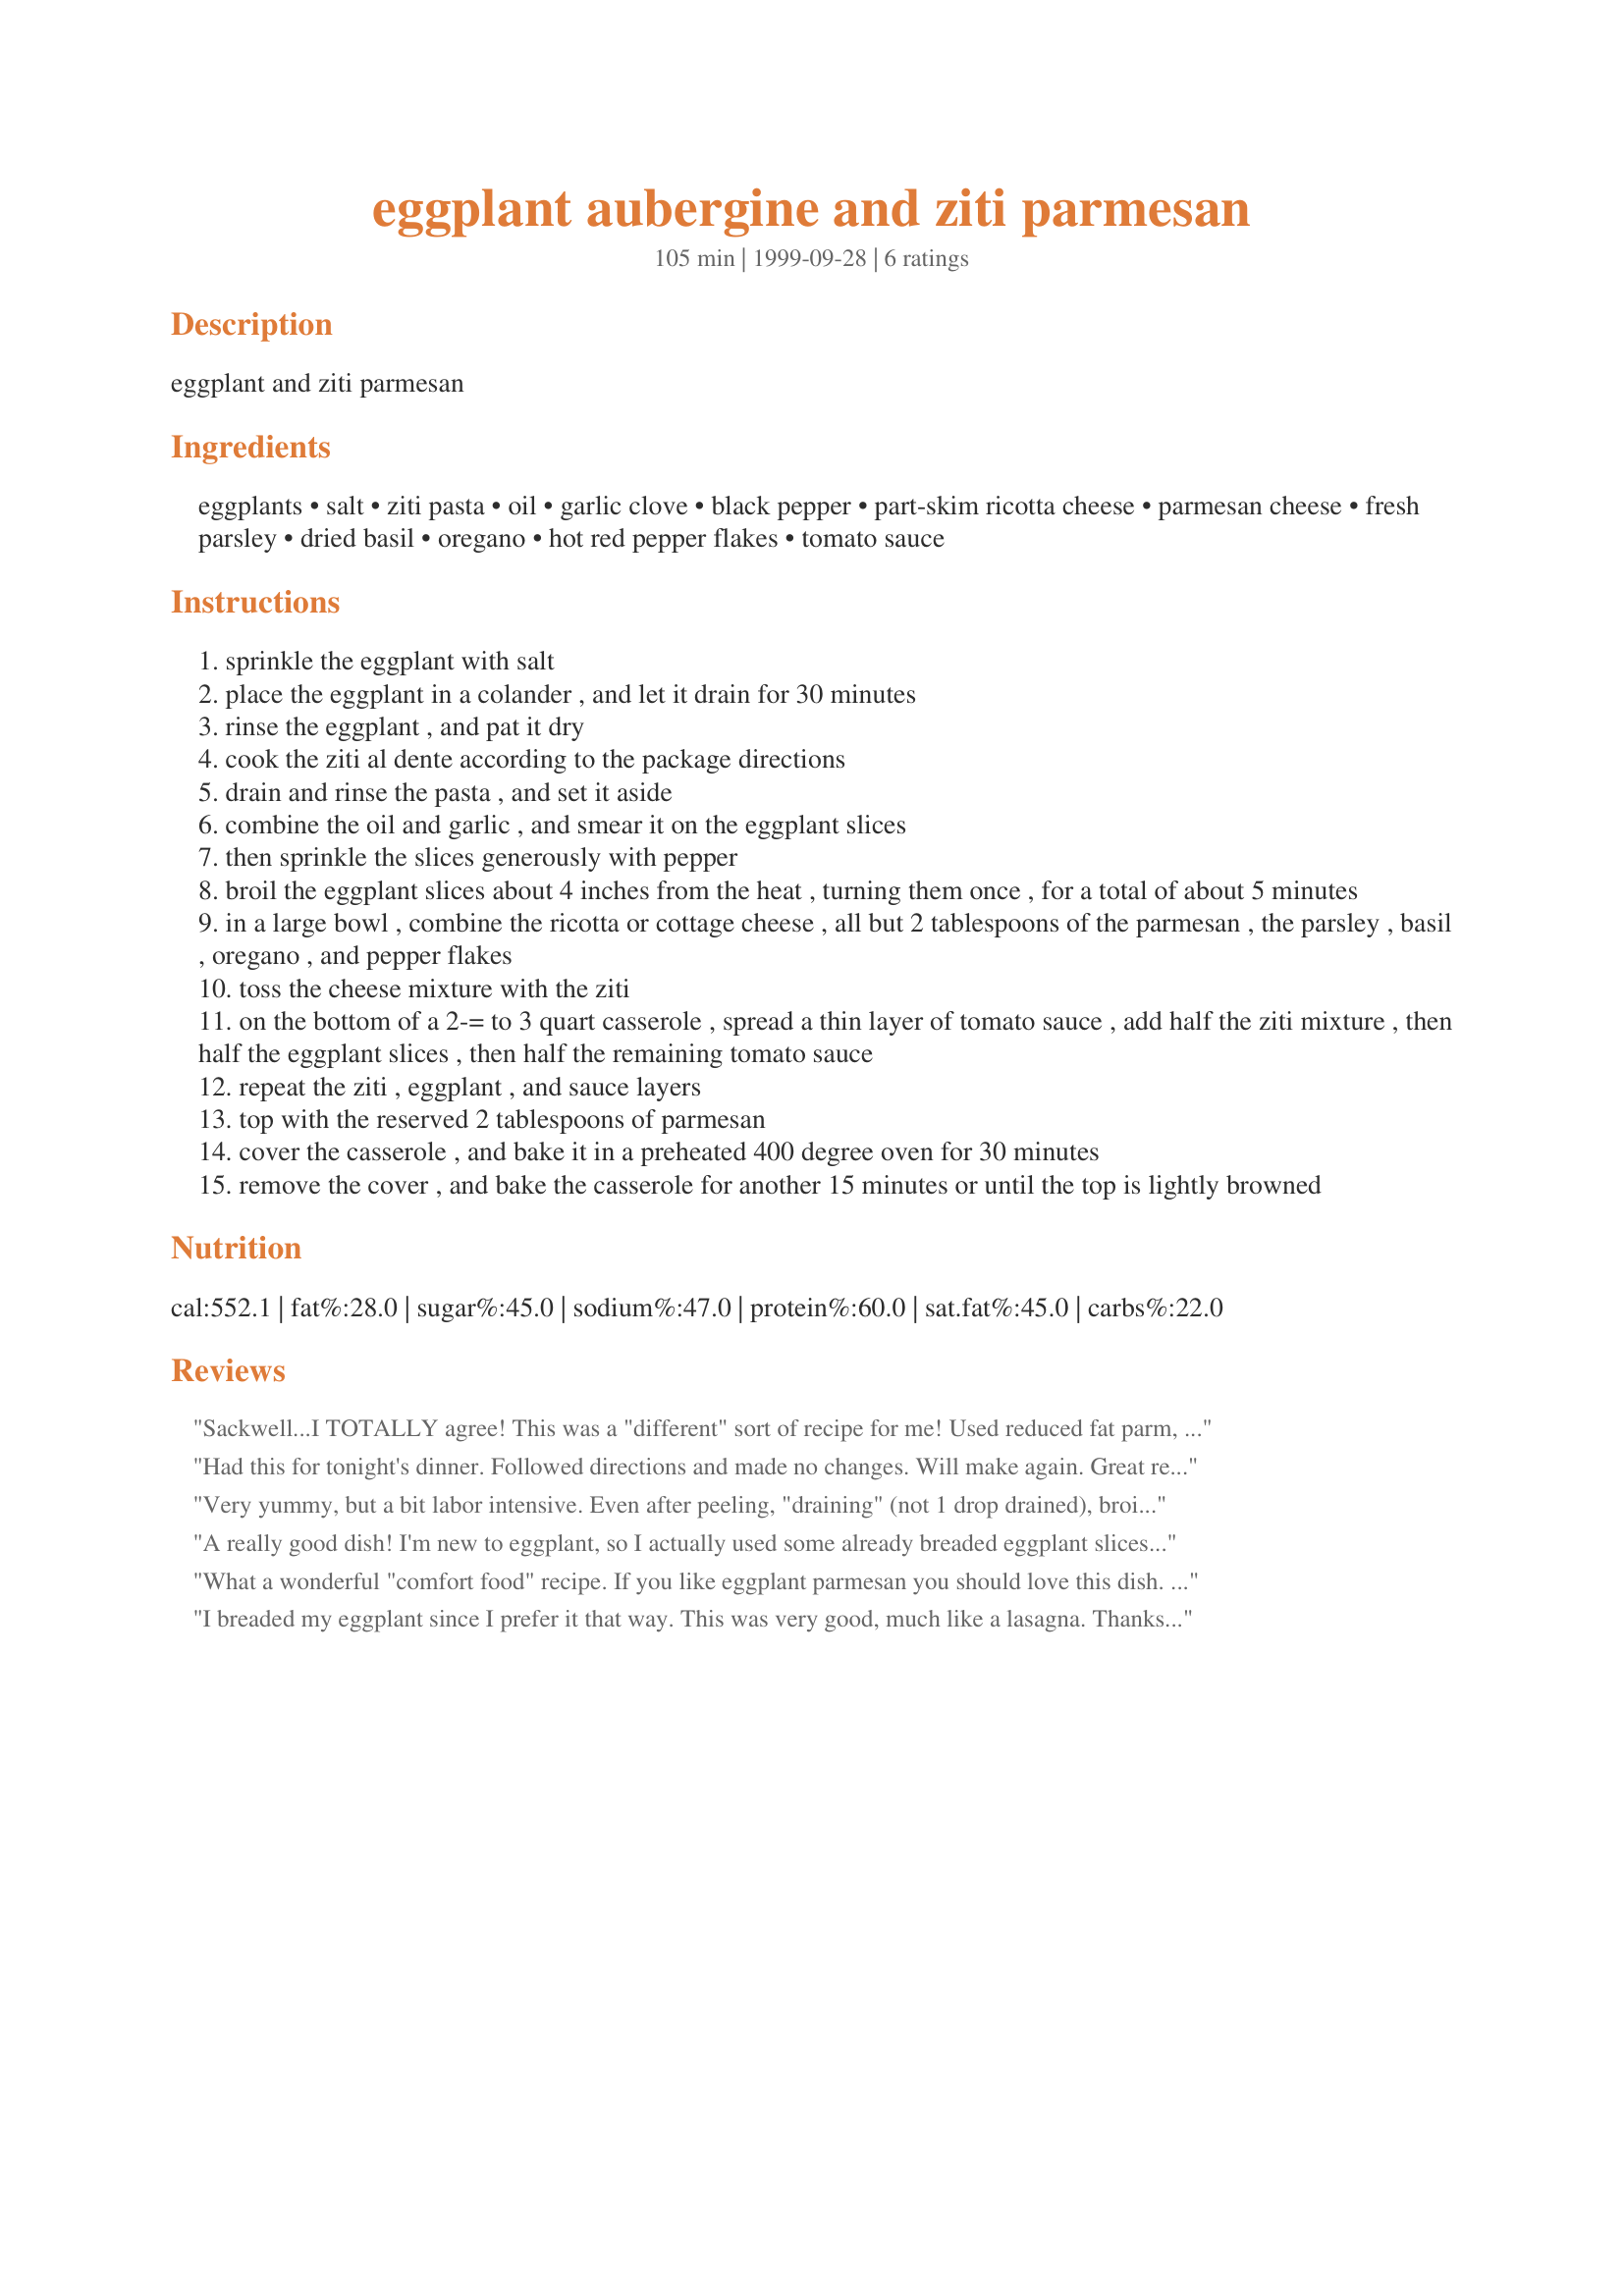
eggplant aubergine and ziti parmesan
Preparation time: 105 minutes

eggplant and ziti parmesan

Ingredients:
eggplants, salt, ziti pasta, oil, garlic clove, black pepper, part-skim ricotta cheese, parmesan cheese, fresh parsley, dried basil, oregano, hot red pepper flakes, tomato sauce

Steps:
sprinkle the eggplant with salt
place the eggplant in a colander , and let it drain for 30 minutes
rinse the eggplant , and pat it dry
cook the ziti al dente according to the package directions
drain and rinse the pasta , and set it aside
combine the oil and garlic , and smear it on the eggplant slices
then sprinkle the slices generously with pepper
broil the eggplant slices about 4 inches from the heat , turning them once , for a total of about 5 minutes
in a large bowl , combine the ricotta or cottage cheese , all but 2 tablespoons of the parmesan , the parsley , basil , oregano , and pepper flakes
toss the cheese mixture with the ziti
on the bottom of a 2-= to 3 quart casserole , spread a thin layer of tomato sauce , add half the ziti mixture , then half the eggplant slices , then half the remaining tomato sauce
repeat the ziti , eggplant , and sauce layers
top with the reserved 2 tablespoons of parmesan
cover the casserole , and bake it in a preheated 400 degree oven for 30 minutes
remove the cover , and bake the casserole for another 15 minutes or until the top is lightly browned

Reviews:
Sackwell...I TOTALLY agree!
This was a "different" sort of recipe for me!
Used reduced fat parm, love that is low fat,
Thanks for the recipe..and that is that! :)
Had this for tonight's dinner. Followed directions and made no changes. Will make again. Great recipe.
Very yummy, but a bit labor intensive. Even after peeling, "draining" (not 1 drop drained), broiling, and baking the eggplant, it was still a bit tough to cut when I thought it should be fork tender. Maybe I went wrong somewhere. I also used about 3 cups tomato sauce and only cooked it for 35 minutes total.
A really good dish! I'm new to eggplant, so I actually used some already breaded eggplant slices (frozen - from Trader Joe's), and that made this dish easier. I cut this down to a small size, for two and we really loved it. Thanks for posting.
What a wonderful "comfort food" recipe. If you like eggplant parmesan you should love this dish. It was very easy to make. Just be sure to slice the eggplant nice and thin. I also needed to use about 3 cups tomato sauce, rather than the 2 cups called for. It didn't take too long to cook, only about 35 minutes in total.
I breaded my eggplant since I prefer it that way. This was very good, much like a lasagna. Thanks Ashbury!

Roxygirl
